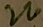
Text: 220